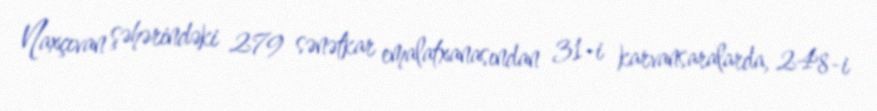
Naxçıvan şəhərindəki 279 sənətkar emalatxanasından 31-i karvansaralarda, 248-i